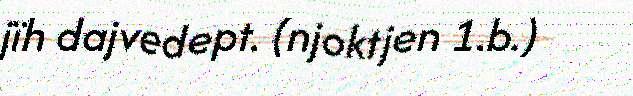
jïh dajvedept. (njoktjen 1.b.)